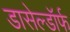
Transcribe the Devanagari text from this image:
डासेल्डॉर्फ